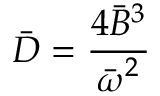
{ \bar { D } } = { \frac { 4 { \bar { B } } ^ { 3 } } { { \bar { \boldsymbol { \omega } } } ^ { 2 } } }